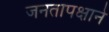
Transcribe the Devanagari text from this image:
जनतापक्षाने